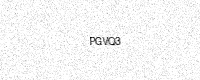
Text: PGVQ3